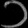
Digit: ၁